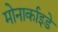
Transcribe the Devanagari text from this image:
मोनार्काइडे